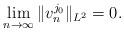
LaTeX: \begin{align*}\lim_{n\rightarrow \infty} \|v^{j_0}_n\|_{L^2} =0.\end{align*}